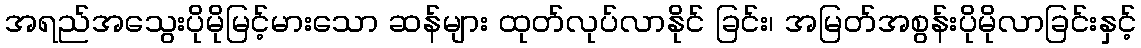
အရည်အသွေးပိုမိုမြင့်မားသော ဆန်များ ထုတ်လုပ်လာနိုင် ခြင်း၊ အမြတ်အစွန်းပိုမိုလာခြင်းနှင့်